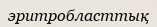
эритробласттық